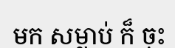
មក សម្លាប់ ក៏ ចុះ